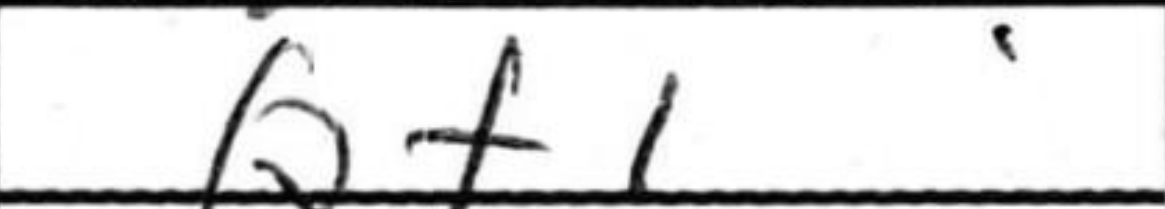
Transcription: Qf1